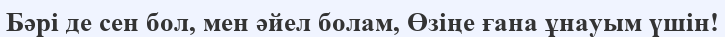
Бәрі де сен бол, мен әйел болам, Өзіңе ғана ұнауым үшін!